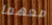
معهما